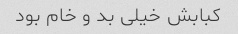
کبابش خیلی بد و خام بود